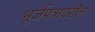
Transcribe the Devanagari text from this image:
भूर्जपत्रावरील